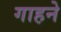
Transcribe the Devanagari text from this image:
गाहने